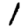
Digit: 1